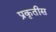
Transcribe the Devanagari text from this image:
प्रकृतीस